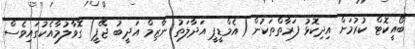
ބޯއީކޮޓް ކުރުމަށް އިދިކޮޅު ފަރާތްތަކުން (އެމްޑީޕީ އަދާލަތު ނާޒިމް އަދީބު ޖޭޕީ) ގޮވާލުމާއެކުގައިވެސް